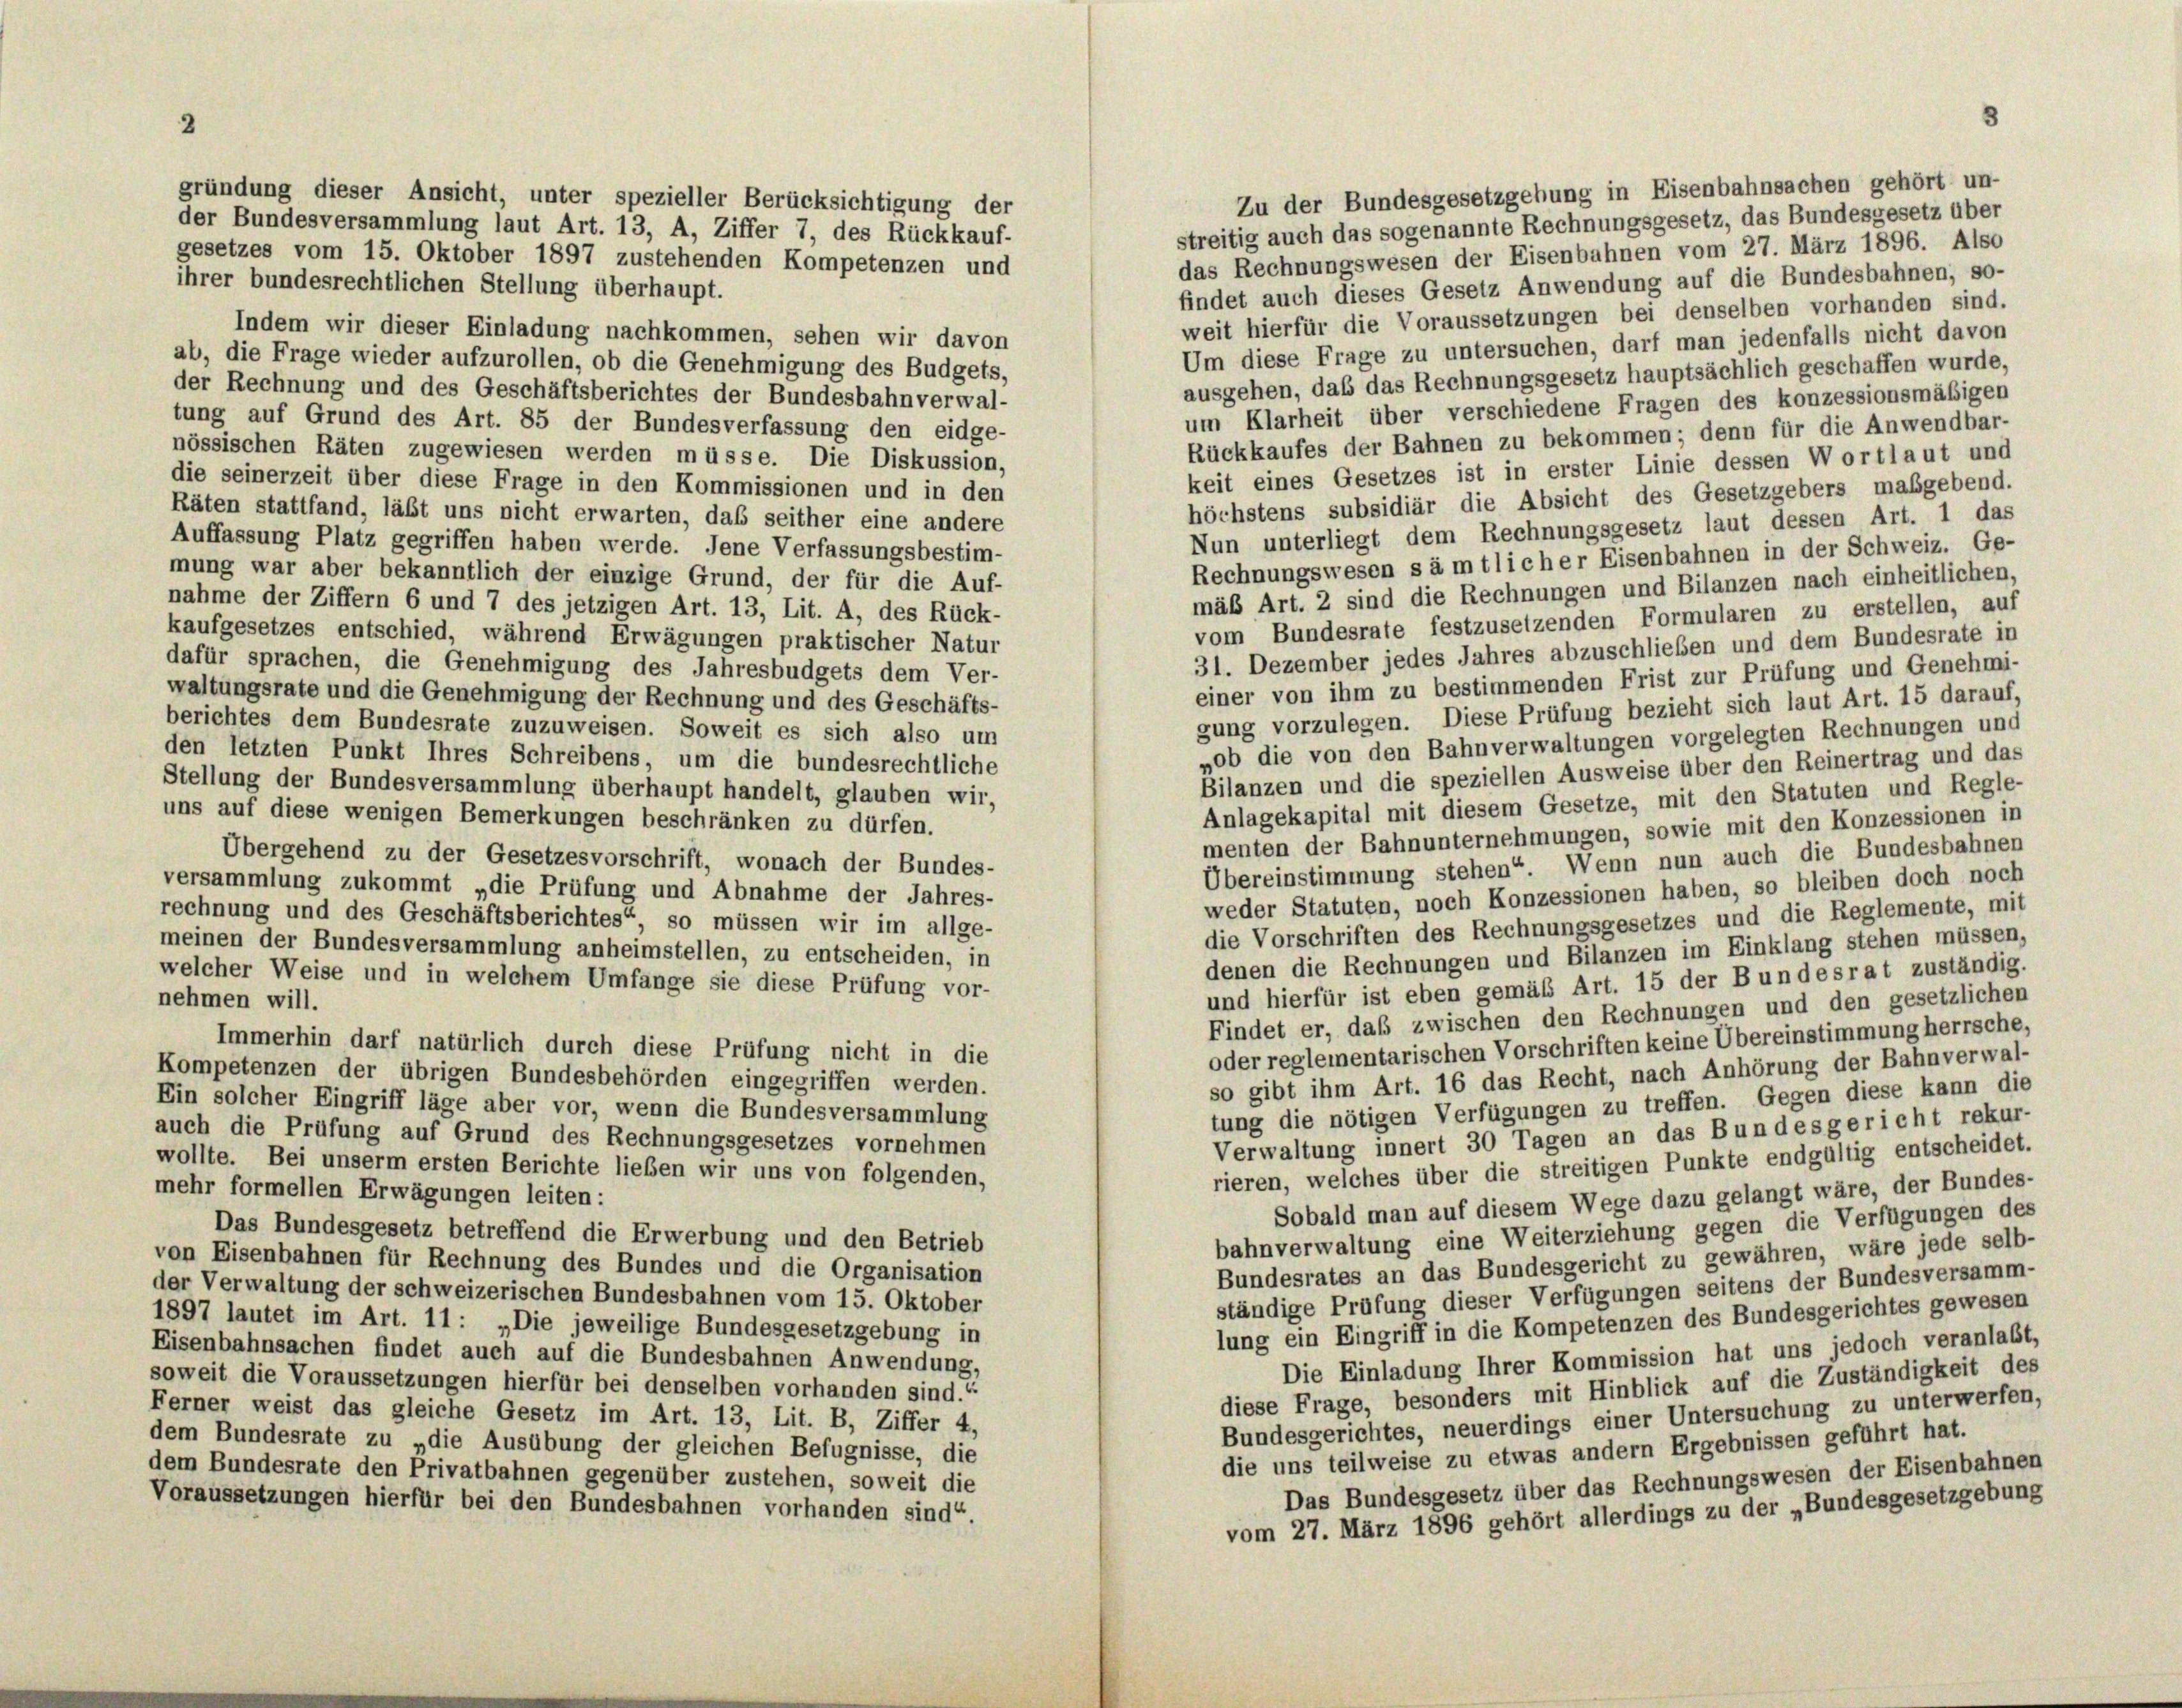
gründung dieser Ansicht, unter spezieller Berücksichtigung der
der Bundesversammlung laut Art. 13, A, Ziffer 7, des Rückkauf-
gesetzes vom 15. Oktober 1897 zustehenden Kompetenzen und
ihrer bundesrechtlichen Stellung überhaupt.
Indem wir dieser Einladung nachkommen, sehen wir davon
ab, die Frage wieder aufzurollen, ob die Genehmigung des Budgets,
der Rechnung und des Geschäftsberichtes der Bundesbahnverwal-
tung auf Grund des Art. 85 der Bundesverfassung den eidge-
nössischen Räten zugewiesen werden müsse. Die Diskussion,
keit eines Gesetzes ist in erster Linie dessen Wortlaut und
die seinerzeit über diese Frage in den Kommissionen und in den
höchstens subsidiär die Absicht des Gesetzgebers maßgebend.
Räten stattfand, läßt uns nicht erwarten, daß seither eine andere
Nun unterliegt dem Rechnungsgesetz laut dessen Art. 1 das
Auffassung Platz gegriffen haben werde. Jene Verfassungsbestim-
Rechnungswesen s à mtlicher Eisenbahnen in der Schweiz. Ge-
mung war aber bekanntlich der einzige Grund, der für die Auf-
mäß Art. 2 sind die Rechnungen und Bilanzen nach einheitlichen,
nahme der Ziffern 6 und 7 des jetzigen Art. 13, Lit. A, des Rück-
vom Bundesrate festzusetzenden Formularen zu erstellen, auf
kaufgesetzes entschied, während Erwägungen praktischer Natur
31. Dezember jedes Jahres abzuschlieben und dem Bundesrate in
dafür sprachen, die Genehmigung des Jahresbudgets dem Ver-
einer von ihm zu bestimmenden Frist zur Prüfung und Genehmi-
waltungsrate und die Genehmigung der Rechnung und des Geschäfts-
gung vorzulegen. Diese Prüfung bezieht sich laut Art. 15 darauf,
berichtes dem Bundesrate zuzuweisen. Soweit es sich also um
»ob die von den Bahnverwaltungen vorgelegten Rechnungen und
den letzten Punkt Ihres Schreibens, um die bundesrechtliche
Bilanzen und die speziellen Ausweise über den Reinertrag und das
Stellung der Bundesversammlung überhaupt handelt, glauben wir,
Anlagekapital mit diesem Gesetze, mit den Statuten und Regle-
uns auf diese wenigen Bemerkungen beschränken zu dürfen.
menten der Bahnunternehmungen, sowie mit den Konzessionen in
Übergehend zu der Gesetzesvorschrift, wonach der Bundes-
Übereinstimmung stehen“. Wenn nun auch die Bundesbahnen
versammlung zukommt „die Prüfung und Abnahme der Jahres-
weder Statuten, noch Konzessionen haben, so bleiben doch noch
rechnung und des Geschäftsberichtes“, so müssen wir im allge-
die Vorschriften des Rechnungsgesetzes und die Reglemente, mit
meinen der Bundesversammlung anheimstellen, zu entscheiden, in
denen die Rechnungen und Bilanzen im Einklang stehen müssen,
welcher Weise und in welchem Umfange sie diese Prüfung vor-
und hierfür ist eben gemäß Art. 15 der Bundesrat zuständig.
nehmen will.
Findet er, daß zwischen den Rechnungen und den gesetzlichen
oder reglementarischen Vorschriften keine Übereinstimmung herrsche,
Immerhin darf natürlich durch diese Prüfung nicht in die
so gibt ihm Art. 16 das Recht, nach Anhörung der Bahnverwal-
Kompetenzen der übrigen Bundesbehörden eingegriffen werden.
tung die nötigen Verfügungen zu treffen. Gegen diese kann die
Ein solcher Eingriff läge aber vor, wenn die Bundesversammlung
Verwaltung innert 30 Tagen an das Bundesgericht rekur-
auch die Prüfung auf Grund des Rechnungsgesetzes vornehmen
rieren, welches über die streitigen Punkte endgültig entscheidet.
wollte. Bei unserm ersten Berichte lieben wir uns von folgenden,
mehr formellen Erwägungen leiten:
Sobald man auf diesem Wege dazu gelangt wäre, der Bundes-
bahnverwaltung eine Weiterziehung gegen die Verfügungen des
Das Bundesgesetz betreffend die Erwerbung und den Betrieb
Bundesrates an das Bundesgericht zu gewähren, wäre jede selb-
von Eisenbahnen für Rechnung des Bundes und die Organisation
ständige Prüfung dieser Verfügungen seitens der Bundesversamm-
der Verwaltung der schweizerischen Bundesbahnen vom 15. Oktober
lung ein Eingriff in die Kompetenzen des Bundesgerichtes gewesen
1897 lautet im Art. 11: „Die jeweilige Bundesgesetzgebung in
Eisenbahnsachen findet auch auf die Bundesbahnen Anwendung,
Die Einladung Ihrer Kommission hat uns jedoch veranlaßt,
soweit die Voraussetzungen hierfür bei denselben vorhanden sind.“
diese Frage, besonders mit Hinblick auf die Zuständigkeit des
Ferner weist das gleiche Gesetz im Art. 13, Lit. B, Ziffer 4,
Bundesgerichtes, neuerdings einer Untersuchung zu unterwerfen,
dem Bundesrate zu „die Ausübung der gleichen Befugnisse, die
die uns teilweise zu etwas andern Ergebnissen geführt hat.
dem Bundesrate den Privatbahnen gegenüber zustehen, soweit die
Das Bundesgesetz über das Rechnungswesen der Eisenbahnen
Voraussetzungen hierfür bei den Bundesbahnen vorhanden sind“.
vom 27. März 1896 gehört allerdings zu der „Bundesgesetzgebung

Zu der Bundesgesetzgebung in Eisenbahnsachen gehört un-
streitig auch das sogenannte Rechnungsgesetz, das Bundesgesetz über
das Rechnungswesen der Eisenbahnen vom 27. März 1896. Also
findet auch dieses Gesetz Anwendung auf die Bundesbahnen, so-
weit hierfür die Voraussetzungen bei denselben vorhanden sind.
Um diese Frage zu untersuchen, darf man jedenfalls nicht davon
ausgehen, daß das Rechnungsgesetz hauptsächlich geschaffen wurde,
um Klarheit über verschiedene Fragen des konzessionsmäßigen
Rückkaufes der Bahnen zu bekommen; denn für die Anwendbar-